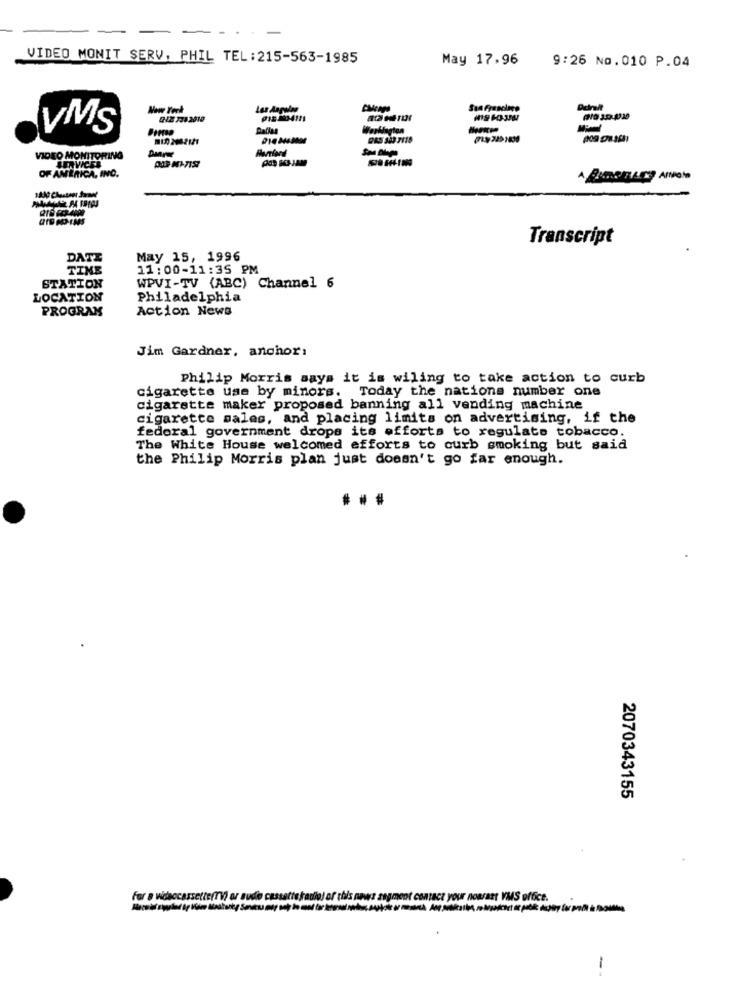
-
VIDEO MONIT SERV, PHIL TEL:215-563-1985
May 17,96
9:26 No.010 P.04
New York
Los Angalan
Sua Freecinco
VMS
Werklegion
VIDEO MONITORING
OF AMERICA, INC.
Transcript
DATI
May 15, 1996
TINE
11: 00-11:35 PM
STATION
WPVI-TV (ABC) Channel 6
LOCATION
Philadelphia
PROGRAM
Action News
Jim Gardner, anchor:
Philip Morris says it is wiling to take action to curb
cigarette use by minors. Today the nations number one
cigarette maker proposed banning all vending machine
cigarette sales, and placing limits on advertising, if the
federal government drops its efforts to regulate tobacco.
The White House welcomed efforts to curb smoking but said
the Philip Morris plan just doesn't go far enough.
2070343155
For a wieaccassette mV ar aude castattefad
Our HORSatt VMS office.
--